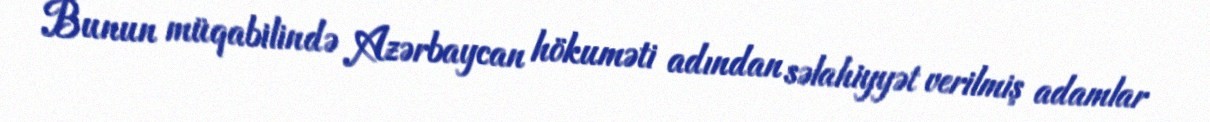
Bunun müqabilində Azərbaycan hökuməti adından səlahiyyət verilmiş adamlar